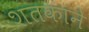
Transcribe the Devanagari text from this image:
शतकाने